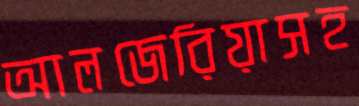
আলজেরিয়াসহ